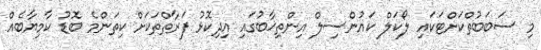
މި ސަބަބުތްކަށްޓަކައި ލޯކަލް ކައުންސިލް އިންތިޚާބުގައި އިދިކޮޅު ފަރާތްތަކަށް ކިތަންމެ ބޮޑު ކާމިޔާބެއް